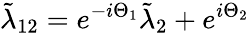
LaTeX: \tilde{\lambda}_{12}=e^{-i\Theta_{1}}\tilde{\lambda}_{2}+e^{i\Theta_{2}}